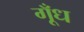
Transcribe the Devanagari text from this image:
गूँध